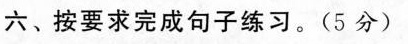
六、按要求完成句子练习。(5分)